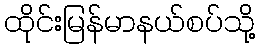
ထိုင်းမြန်မာနယ်စပ်သို့